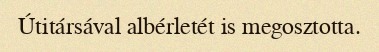
Útitársával albérletét is megosztotta.